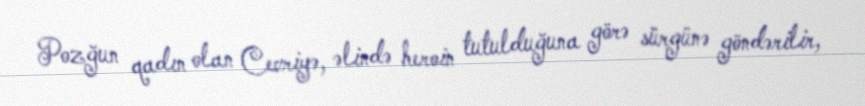
Pozğun qadın olan Cevriyə, əlində heroin tutulduğuna görə sürgünə göndərilir,